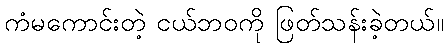
ကံမကောင်းတဲ့ ငယ်ဘဝကို ဖြတ်သန်းခဲ့တယ်။